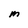
Character: M